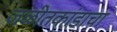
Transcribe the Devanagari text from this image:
जळीतकांडाचा